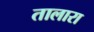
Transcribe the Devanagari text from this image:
तालारा